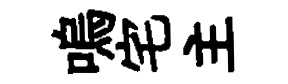
嗚宅主